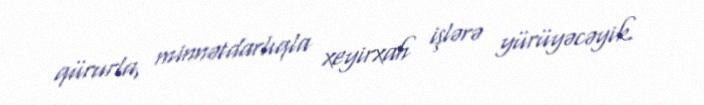
qürurla, minnətdarlıqla xeyirxah işlərə yürüyəcəyik.